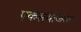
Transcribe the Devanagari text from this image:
एकसंयोजक